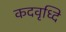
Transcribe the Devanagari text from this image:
कदवृध्दि